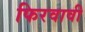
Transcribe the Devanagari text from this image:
फिरवावी